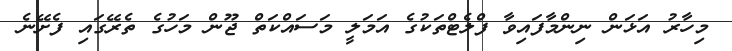
މިހާރު އަޅަން ނިންމާފައިވާ ފްލެޓްތަކުގެ އަމަލީ މަސައްކަތް ޖޫން މަހުގެ ތެރޭގައި ފެށޭނެ